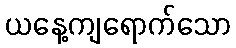
ယနေ့ကျရောက်သော